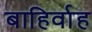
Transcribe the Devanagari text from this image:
बाहिर्वाह